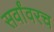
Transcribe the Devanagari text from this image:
सर्वांवरच